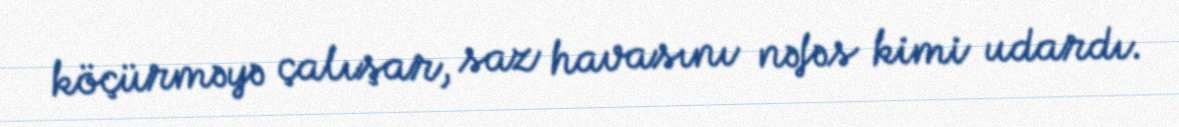
köçürməyə çalışar, saz havasını nəfəs kimi udardı.